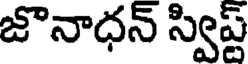
జొనాధన్ స్విప్ట్